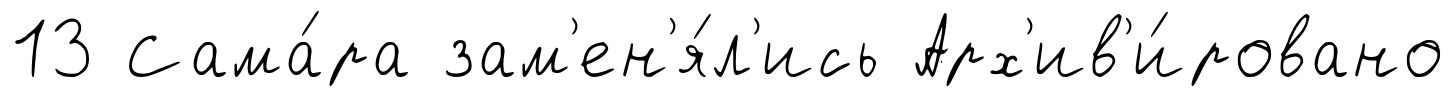
13 Сама́ра зам'ен'я́л'ись Арх'ив'и́ровано